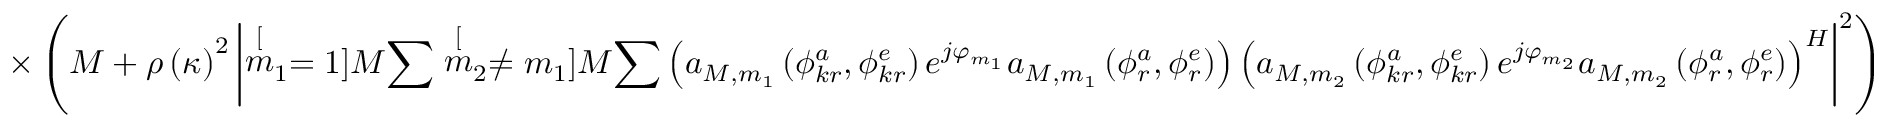
\times \left( M + \rho \left( \kappa \right) ^ { 2 } \left| \stackrel [ m _ { 1 } = 1 ] { M } { \sum } \stackrel [ m _ { 2 } \neq m _ { 1 } ] { M } { \sum } \left( a _ { M , m _ { 1 } } \left( \phi _ { k r } ^ { a } , \phi _ { k r } ^ { e } \right) e ^ { j \varphi _ { m _ { 1 } } } a _ { M , m _ { 1 } } \left( \phi _ { r } ^ { a } , \phi _ { r } ^ { e } \right) \right) \left( a _ { M , m _ { 2 } } \left( \phi _ { k r } ^ { a } , \phi _ { k r } ^ { e } \right) e ^ { j \varphi _ { m _ { 2 } } } a _ { M , m _ { 2 } } \left( \phi _ { r } ^ { a } , \phi _ { r } ^ { e } \right) \right) ^ { H } \right| ^ { 2 } \right)